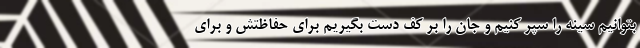
بتوانیم سینه را سپر کنیم و جان را بر کف دست بگیریم برای حفاظتش و برای